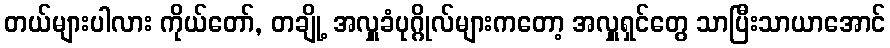
တယ်များပါလား ကိုယ်တော်, တချို့ အလှူခံပုဂ္ဂိုလ်များကတော့ အလှူရှင်တွေ သာပြီးသာယာအောင်